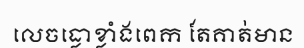
លេចធ្លោខ្លាំងពេក តែគាត់មាន